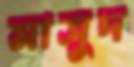
মাসুদ